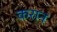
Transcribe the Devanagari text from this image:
करान